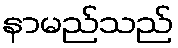
နာမည်သည်